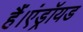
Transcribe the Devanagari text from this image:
हैं।एंड्रॉयड